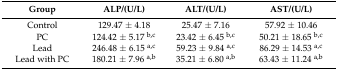
<table><thead><tr><td><b>Group</b></td><td><b>ALP/(U/L)</b></td><td><b>ALT/(U/L)</b></td><td><b>AST/(U/L)</b></td></tr></thead><tbody><tr><td>Control</td><td>129.47 ± 4.18</td><td>25.47 ± 7.16</td><td>57.92 ± 10.46</td></tr><tr><td>PC</td><td>124.42 ± 5.17 <sup>b,c</sup></td><td>23.42 ± 6.45 <sup>b,c</sup></td><td>50.21 ± 18.65 <sup>b,c</sup></td></tr><tr><td>Lead</td><td>246.48 ± 6.15 <sup>a,c</sup></td><td>59.23 ± 9.84 <sup>a,c</sup></td><td>86.29 ± 14.53 <sup>a,c</sup></td></tr><tr><td>Lead with PC</td><td>180.21 ± 7.96 <sup>a,b</sup></td><td>35.21 ± 6.80 <sup>a,b</sup></td><td>63.43 ± 11.24 <sup>a,b</sup></td></tr></tbody></table>